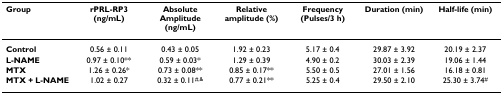
<table><thead><tr><td><b>Group</b></td><td><b>rPRL-RP3 (ng/mL)</b></td><td><b>Absolute Amplitude (ng/mL)</b></td><td><b>Relative amplitude (%)</b></td><td><b>Frequency (Pulses/3 h)</b></td><td><b>Duration (min)</b></td><td><b>Half-life (min)</b></td></tr></thead><tbody><tr><td><b>Control</b></td><td>0.56 ± 0.11</td><td>0.43 ± 0.05</td><td>1.92 ± 0.23</td><td>5.17 ± 0.4</td><td>29.87 ± 3.92</td><td>20.19 ± 2.37</td></tr><tr><td><b>L-NAME</b></td><td>0.97 ± 0.10**</td><td>0.59 ± 0.03*</td><td>1.29 ± 0.39</td><td>4.90 ± 0.2</td><td>30.03 ± 2.39</td><td>19.06 ± 1.44</td></tr><tr><td><b>MTX</b></td><td>1.26 ± 0.26*</td><td>0.73 ± 0.08**</td><td>0.85 ± 0.17**</td><td>5.50 ± 0.5</td><td>27.01 ± 1.56</td><td>16.18 ± 0.81</td></tr><tr><td><b>MTX + L-NAME</b></td><td>1.02 ± 0.27</td><td>0.32 ± 0.11<sup>#,&amp;</sup></td><td>0.77 ± 0.21**</td><td>5.25 ± 0.4</td><td>29.50 ± 2.10</td><td>25.30 ± 3.74<sup>#</sup></td></tr></tbody></table>